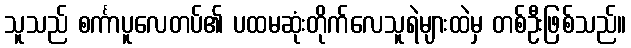
သူသည် စင်္ကာပူလေတပ်၏ ပထမဆုံးတိုက်လေသူရဲများထဲမှ တစ်ဦးဖြစ်သည်။